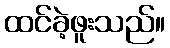
ထင်ခဲ့ဖူးသည်။